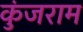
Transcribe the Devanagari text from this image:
कुंजराम